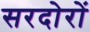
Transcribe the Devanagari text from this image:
सरदोरों